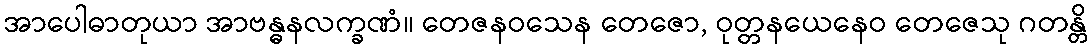
အာပေါဓာတုယာ အာဗန္ဓနလက္ခဏံ။ တေဇနဝသေန တေဇော, ဝုတ္တနယေနေဝ တေဇေသု ဂတန္တိ